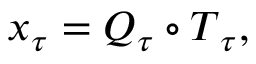
\boldsymbol { x } _ { \u { \tau } } = \boldsymbol { Q } _ { \u { \tau } } \circ \boldsymbol { T } _ { \u { \tau } } ,